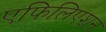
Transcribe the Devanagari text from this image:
एफिलिएशन